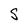
Character: S